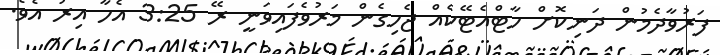
ފަރުވާދެމުން ދަނިކޮށް ހާޓްއެޓޭކެއް ޖެހިގެން މަރުވެފައިވަނީ ރޭ 3:25 އެހާ އިރު އެވެ.